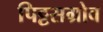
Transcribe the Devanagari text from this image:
पिट्टसग्रोव